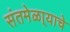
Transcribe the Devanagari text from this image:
संतमेळा्याचे